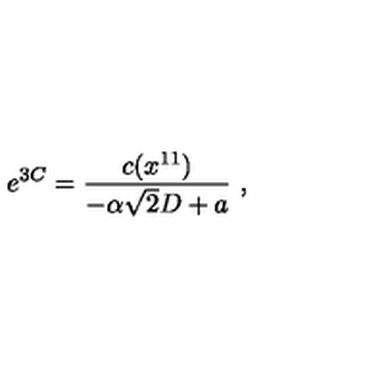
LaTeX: e ^ { 3 C } = { \frac { c ( x ^ { 1 1 } ) } { - \alpha \sqrt { 2 } D + a } } \ ,